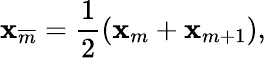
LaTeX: \mathbf{x}_{\overline{{{m}}}}={\frac{{1}}{{2}}}(\mathbf{x}_{m}+\mathbf{x}_{m+1}),